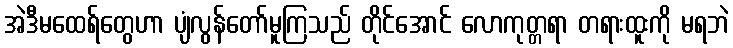
အဲဒီမထေရ်တွေဟာ ပျံလွန်တော်မူကြသည် တိုင်အောင် လောကုတ္တရာ တရားထူးကို မရဘဲ